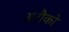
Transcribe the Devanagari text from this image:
अरौको